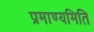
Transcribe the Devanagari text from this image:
प्रमाण्यमिति